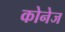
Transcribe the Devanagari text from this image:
कोनेज